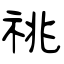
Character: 祧